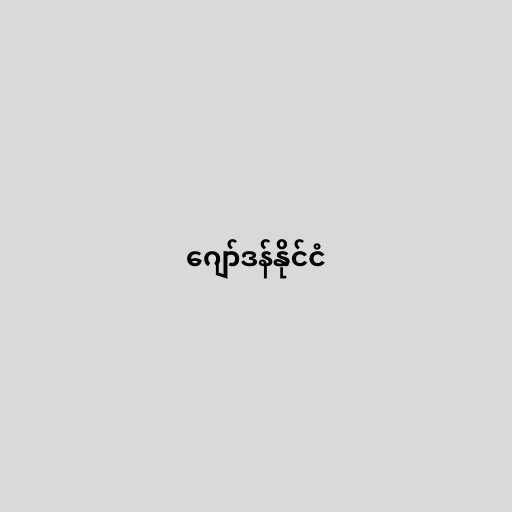
ဂျော်ဒန်နိုင်ငံ